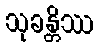
သုခန္တိဿ